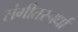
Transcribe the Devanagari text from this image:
संगीतस्पर्धा